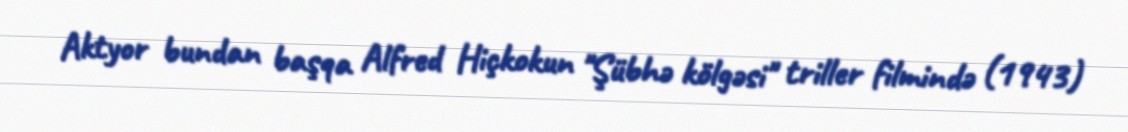
Aktyor bundan başqa Alfred Hiçkokun "Şübhə kölgəsi" triller filmində (1943)